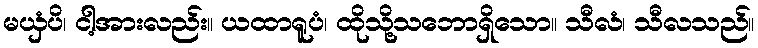
မယှံပိ၊ ငါ့အားလည်း။ ယထာရူပံ၊ ထိုသို့သဘောရှိသော။ သီလံ၊ သီလသည်။